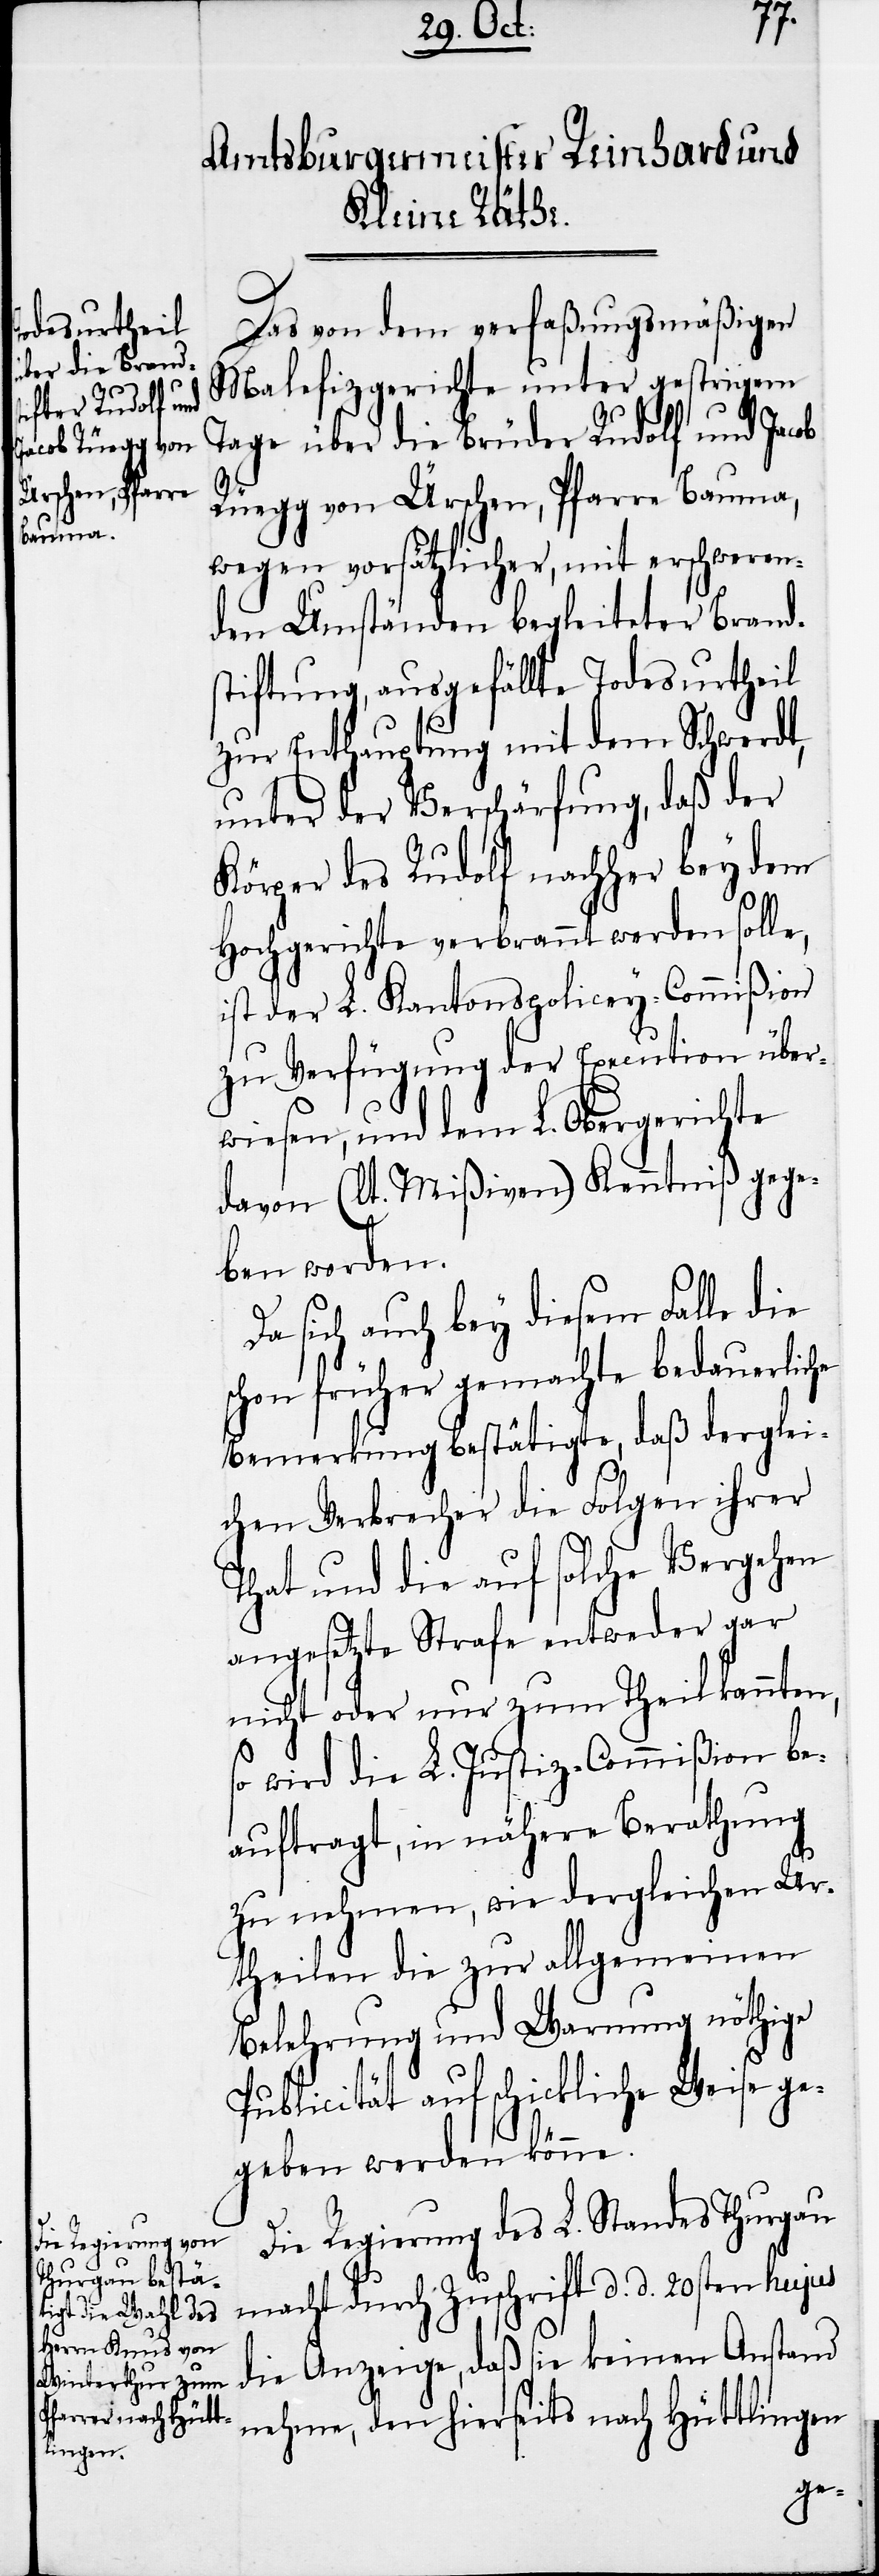
Das von dem verfaßungsmäßigen
Malefizgerichte unter gestrigem
Tage über die Brüder Rudolf und Jacob
Rüegg von Ürschen, Pfarre Bauma,
wegen vorsätzlicher, mit erschweren¬
den Umständen begleiteter Brands¬
tiftung, ausgefällte Todesurtheil
zur Enthauptung mit dem Schwerdt,
unter der Verschärfung, daß der
Körper des Rudolf nachher bey dem
Hochgerichte verbrannt werden solle,
ist der L. Kantonspolicey-Commißion
zu Verfügung der Execution über¬
wiesen, und dem L. Obergerichte
davon (lt. Mißiven) Kenntniß gege¬
ben worden.
Da sich auch bey diesem Falle die
schon früher gemachte bedauerliche
Bemerkung bestätigte, daß derglei¬
chen Verbrecher die Folgen ihrer
That und die auf solche Vergehen
angesetzte Strafe entweder gar
nicht oder nur zum Theil kannten,
so wird die L. Justiz-Commißion be¬
auftragt, in nähere Berathung
zu nehmen, wie dergleichen Ur¬
theilen die zur allgemeinen
Belehrung und Warnung nöthige
Publicität auf schickliche Weise ge¬
geben werden könne.
Die Regierung des L. Standes Thurgau
macht durch Zuschrift d. d. 20sten hujus
die Anzeige, daß sie keinen Anstand
nehme, den hierseits nach Hüttlingen